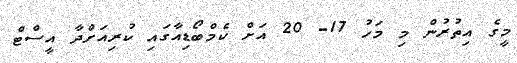
މީގެ އިތުރުން މި މަހު 17- 20 އަށް ކެމްބޯޑިއާގައި ކުރިއަށްދާ އީސްޓް